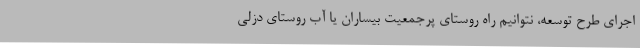
اجرای طرح توسعه، نتوانیم راه روستای پرجمعیت بیساران یا آب روستای دزلی